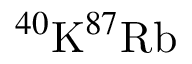
^ { 4 0 } \mathrm { K } ^ { 8 7 } \mathrm { R b }